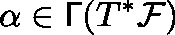
\alpha \in \mathsf { \Gamma } ( T ^ { * } { \mathcal F } )